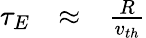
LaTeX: \begin{array}{lll}{\tau_{E}}&{\approx}&{{\frac{R}{v_{th}}}}\end{array}